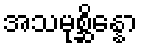
အသမုစ္ဆိန္နော